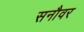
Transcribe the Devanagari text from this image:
सनौवर